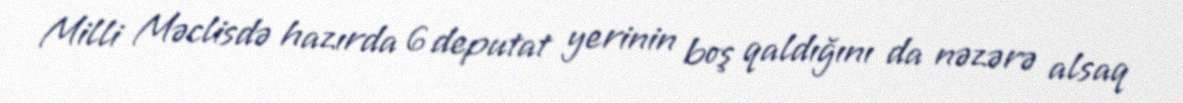
Milli Məclisdə hazırda 6 deputat yerinin boş qaldığını da nəzərə alsaq